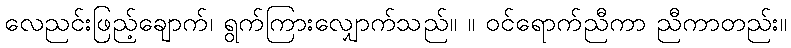
လေညင်းဖြည့်ချောက်၊ ရွက်ကြားလျှောက်သည်။ ။ ဝင်ရောက်ညီကာ ညီကာတည်း။